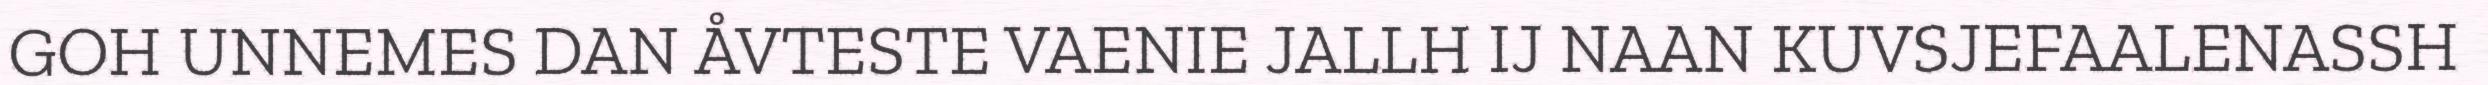
GOH UNNEMES DAN ÅVTESTE VAENIE JALLH IJ NAAN KUVSJEFAALENASSH